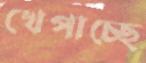
খেপাচ্ছে